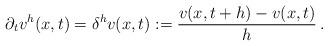
LaTeX: \begin{align*}\partial_{t}v^{h}(x,t)=\delta^{h}v(x,t):=\frac{v(x,t+h)- v(x,t)}{h}\,.\end{align*}